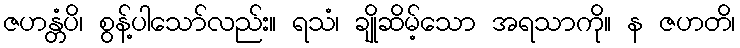
ဇဟန္တံပိ၊ စွန့်ပါသော်လည်း။ ရသံ၊ ချိုဆိမ့်သော အရသာကို။ န ဇဟတိ၊